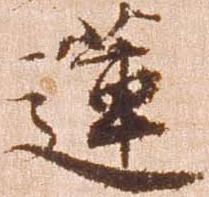
蓮